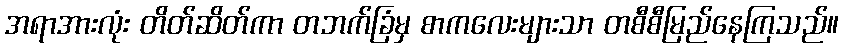
အရာအားလုံး တိတ်ဆိတ်ကာ တဘက်ခြံမှ စာကလေးများသာ တစီစီမြည်နေကြသည်။